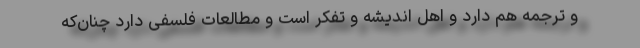
و ترجمه هم دارد و اهل اندیشه و تفکر است و مطالعات فلسفی دارد چنان‌که